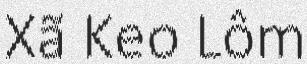
Xã Keo Lôm